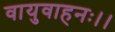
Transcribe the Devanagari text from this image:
वायुवाहनः।।